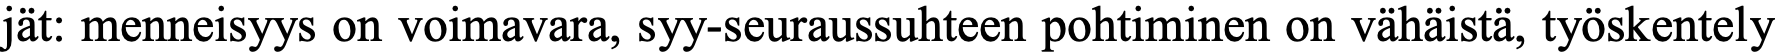
jät: menneisyys on voimavara, syy-seuraussuhteen pohtiminen on vähäistä, työskentely